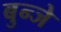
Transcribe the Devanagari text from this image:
बुन्जे